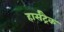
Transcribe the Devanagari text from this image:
हार्सट्रैक